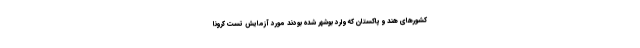
کشورهای هند و پاکستان که وارد بوشهر شده‌ بودند مورد آزمایش تست کرونا